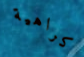
كراهية